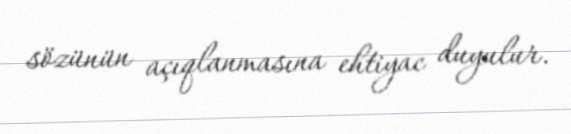
sözünün açıqlanmasına ehtiyac duyulur.